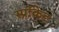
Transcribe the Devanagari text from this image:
स्प्रॉकेट